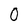
Character: 0